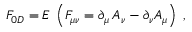
F _ { 0 D } = E \; \left( F _ { \mu \nu } = \partial _ { \mu } \, A _ { \nu } - \partial _ { \nu } A _ { \mu } \right) \; ,